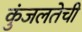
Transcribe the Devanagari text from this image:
कुंजलतेची